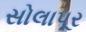
સોલાપૂર